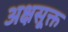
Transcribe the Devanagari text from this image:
अक्षसूक्त